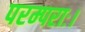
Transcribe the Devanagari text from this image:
परम्पराः।